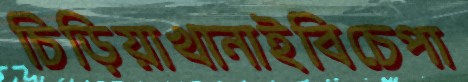
চিড়িয়াখানাইবিচেপা